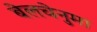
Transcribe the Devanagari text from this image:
बेलचेनुमा